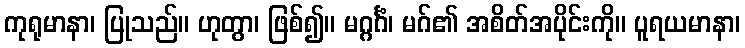
ကုရုမာနာ၊ ပြုသည်။ ဟုတွာ၊ ဖြစ်၍။ မဂ္ဂင်္ဂံ၊ မဂ်၏ အစိတ်အပိုင်းကို။ ပူရယမာနာ၊